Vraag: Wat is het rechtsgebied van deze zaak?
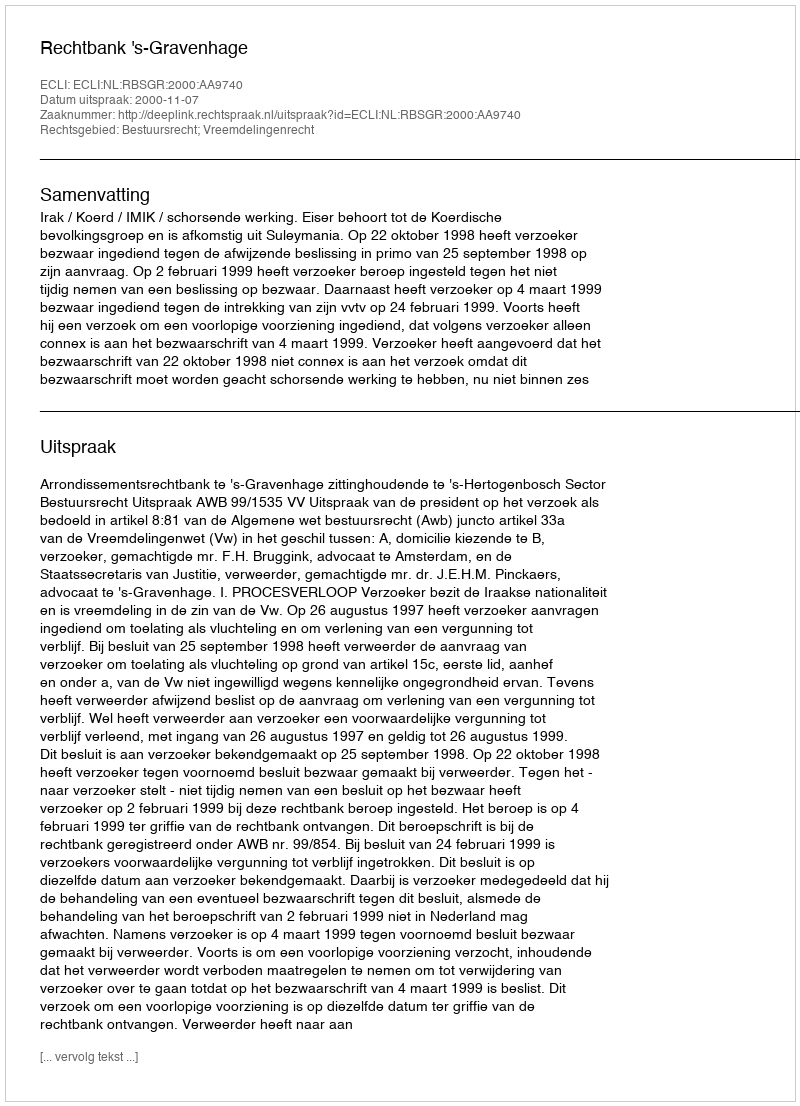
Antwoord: Bestuursrecht; Vreemdelingenrecht